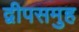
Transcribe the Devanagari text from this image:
द्वीपसमुह